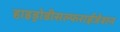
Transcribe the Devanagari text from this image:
हाइड्रोडीसल्फराईजेशन